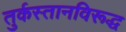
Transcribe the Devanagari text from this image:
तुर्कस्तानविरूद्ध